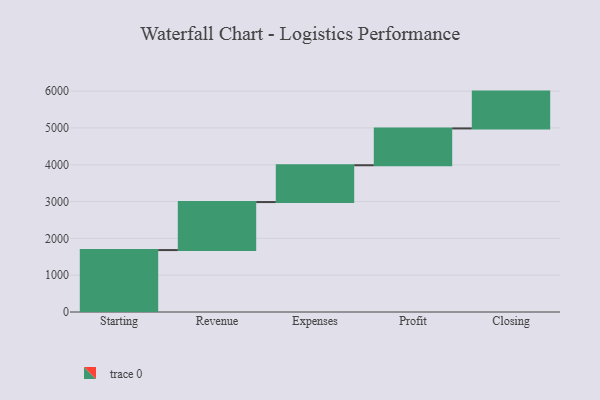
{"axis": {"x": "Step", "y": "Value"}, "legend": [""], "data": [{"x": "Starting", "y": 1682.0, "type": ""}, {"x": "Revenue", "y": 1304.0, "type": ""}, {"x": "Expenses", "y": 1000, "type": ""}, {"x": "Profit", "y": 1000, "type": ""}, {"x": "Closing", "y": 1000, "type": ""}]}